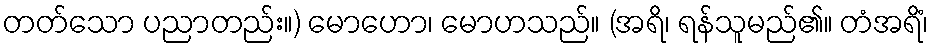
တတ်သော ပညာတည်း။) မောဟော၊ မောဟသည်။ (အရိ၊ ရန်သူမည်၏။ တံအရိံ၊